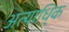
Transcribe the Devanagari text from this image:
अत्याधि्क